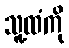
သူ့ထံကို